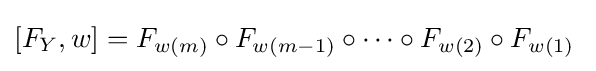
[F_{Y},w]=F_{w(m)}\circ F_{w(m-1)}\circ \cdots \circ F_{w(2)}\circ F_{w(1)}\;